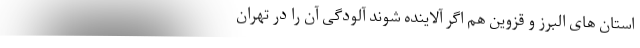
استان های البرز و قزوین هم اگر آلاینده شوند آلودگی آن را در تهران